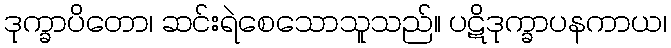
ဒုက္ခာပိတော၊ ဆင်းရဲစေသောသူသည်။ ပဋိဒုက္ခာပနကာယ၊